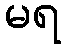
မရ